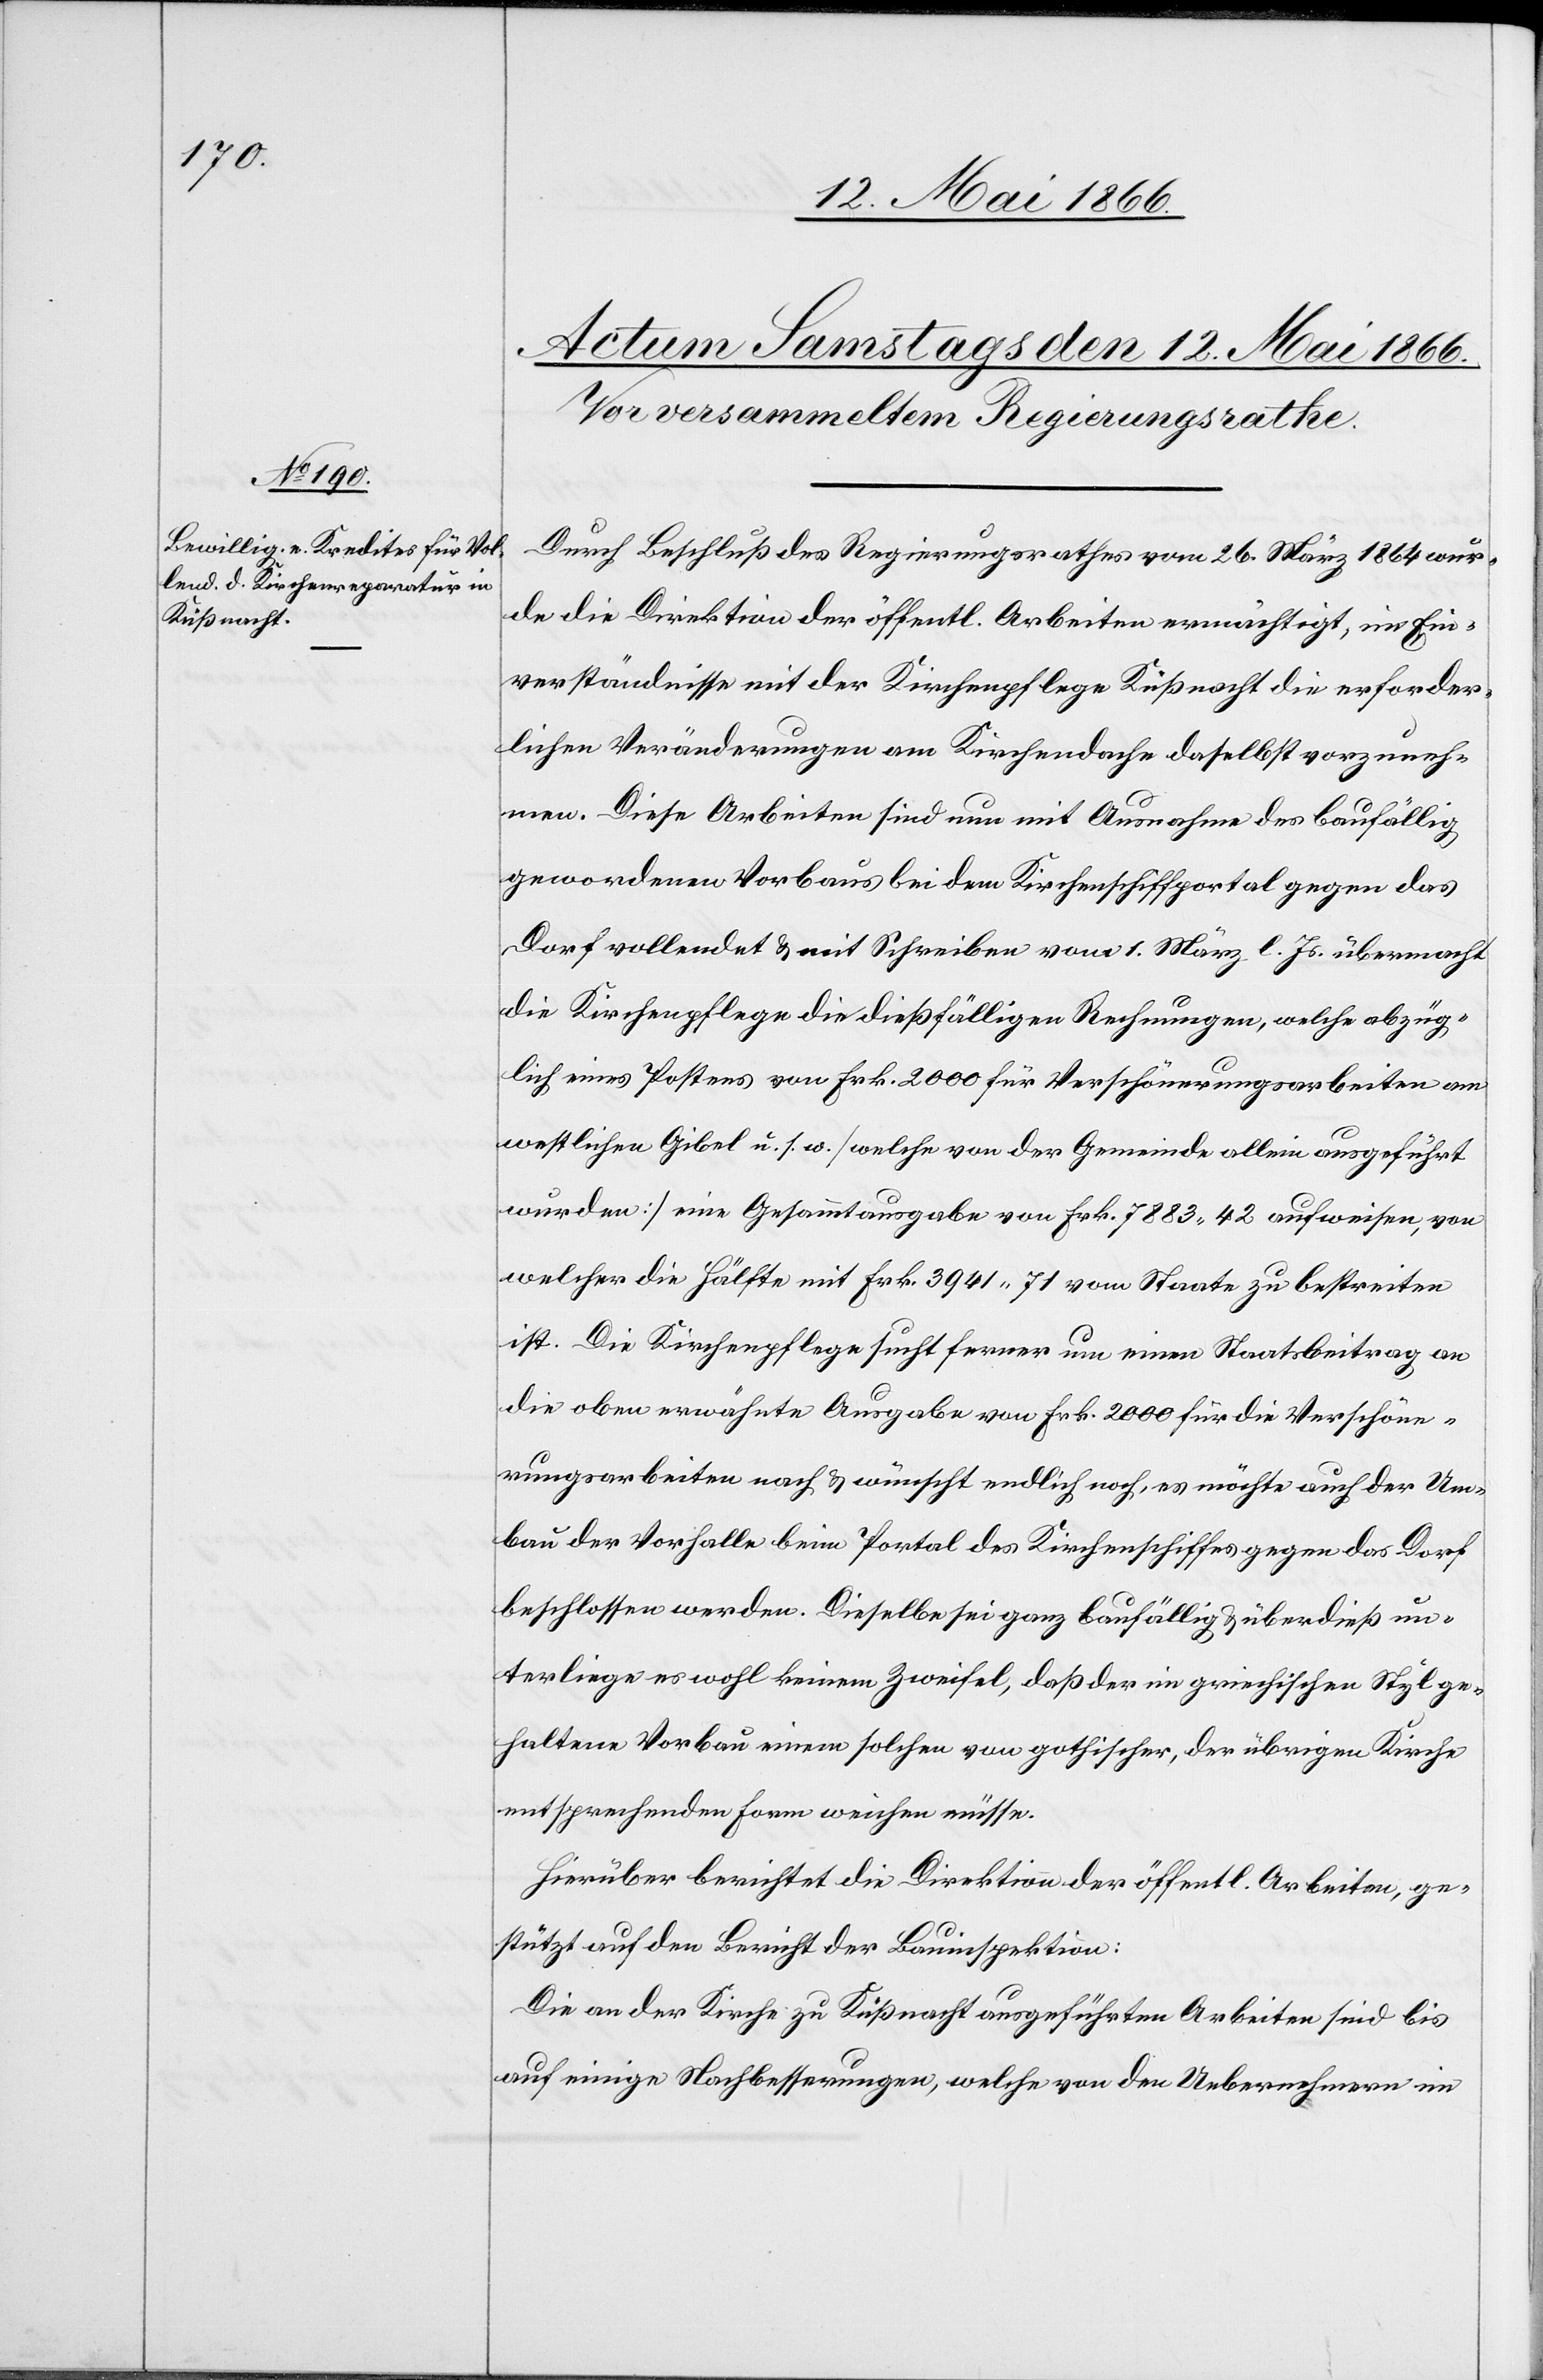
Durch Beschluß des Regierungsrathes vom 26. März 1864 wur¬
de die Direktion der öffentl. Arbeiten ermächtigt, im Ein¬
verständnisse mit der Kirchenpflege Küßnacht die erforder¬
lichen Veränderungen am Kirchendache daselbst vorzuneh¬
men. Diese Arbeiten sind nun mit Ausnahme des baufällig
gewordenen Vorbaus bei dem Kirchenschiffportal gegen das
Dorf vollendet u. mit Schreiben vom 1. März l. Js. übermacht
die Kirchenpflege die dießfälligen Rechnungen, welche abzüg¬
lich eines Postens von Frk. 2000 für Verschönerungsarbeiten am
westlichen Gibel u. s. w. [welche von der Gemeinde allein ausgeführt
wurden] eine Gesammtsumme von Frk. 7883.42 aufweisen, von
welcher die Hälfte mit Frk. 3941.71 vom Staate zu bestreiten
ist. Die Kirchenpflege sucht ferner um einen Staatsbeitrag an
die oben erwähnte Ausgabe von Frk. 2000 für die Verschöne¬
rungsarbeiten nach u. wünscht endlich noch, es möchte auch der Um¬
bau der Vorhalle beim Portal des Kirchenschiffes gegen das Dorf
beschlossen werden. Dieselbe sei ganz baufällig u. überdieß un¬
terliege es wohl keinem Zweifel, daß der im griechischen Styl ge¬
haltene Vorbau einem solchen von gothischer, der übrigen Kirche
entsprechenden Form weichen müsse.
Hierüber berichtet die Direktion der öffentl. Arbeiten, ge¬
stützt auf den Bericht der Bauinspektion:
Die an der Kirche zu Küßnacht ausgeführten Arbeiten sind bis
auf einige Nachbesserungen, welche von den Uebernehmern im